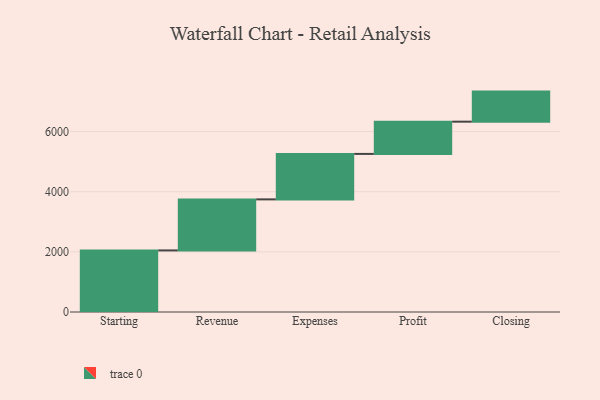
{"axis": {"x": "Step", "y": "Value"}, "legend": [""], "data": [{"x": "Starting", "y": 2048.0, "type": ""}, {"x": "Revenue", "y": 1697.0, "type": ""}, {"x": "Expenses", "y": 1512.0, "type": ""}, {"x": "Profit", "y": 1072.0, "type": ""}, {"x": "Closing", "y": 1000, "type": ""}]}